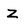
Character: Z